Civil Veterinary Dept. Assam report 1927-50 - 1927-1950
Year: 1927
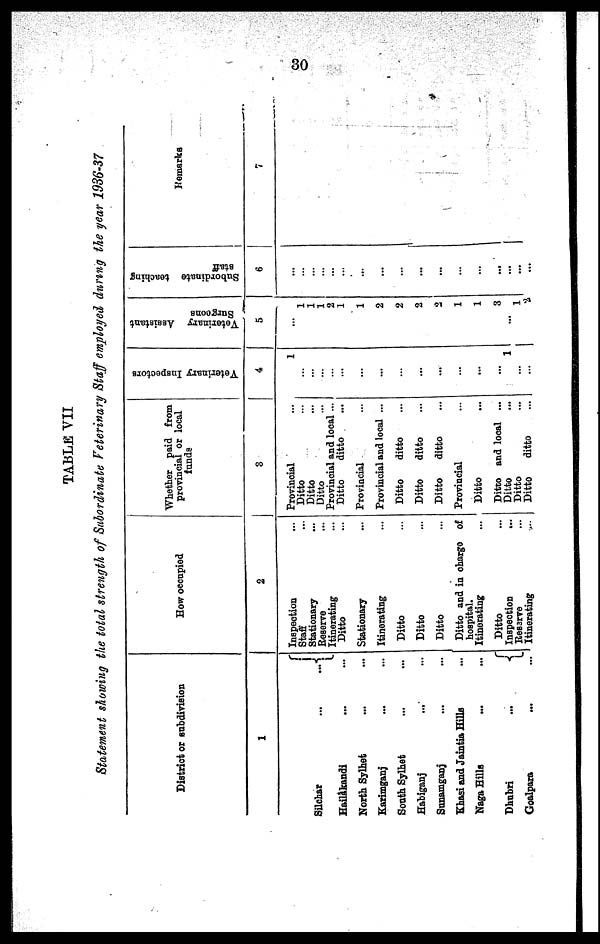
30
TABLE VII
Statement showing the total strength of Subordinate Veterinary Staff employed during the year 1936-37
District or subdivision
1
Silchar
...
...
Hailàkandi ... ...
North Sylhet ... ...
Karimganj ... ...
South Sylhet ... ...
Habiganj ... ...
Sunamganj ... ...
Khasi and Jaintia Hills ...
Naga Hills ... ...
Dhubri
...
...
Goalpara ... ...
How occupied
2
Inspection ...
Staff ...
Stationary ...
Reserve ...
Itinerating ...
Ditto ...
Stationary ...
Itinerating ...
Ditto ...
Ditto ...
Ditto ...
Ditto and in charge of
hospital.
Itinerating ...
Ditto ...
Inspection ...
Resarve ...
Itinerating ...
"Whether paid from
provincial or local
funds
3
Provincial ...
Ditto ...
Ditto ...
Ditto ...
Provincial and local ...
Ditto
ditto ...
Provincial ...
Provincial and local ...
Ditto
ditto ...
Ditto
ditto ...
Ditto
ditto ...
Provincial ...
Ditto ...
Ditto and local ...
Ditto ...
Ditto ...
Ditto
ditto ...
Veterinary Inspectors
4
1
...
...
... ...
...
...
...
...
...
...
...
...
...
1
...
...
Veterinary Assistant
Surgeons
5
...
1
1
1
2
1
1
2
2
2
2
1
1
3
...
|
1
2
Subordinate teaching
staff
6
...
... ...
...
...
...
...
...
...
...
...
...
...
...
...
...
Remarks
7